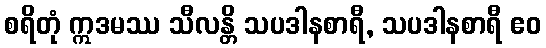
စရိတုံ ဣဒမဿ သီလန္တိ သပဒါနစာရီ, သပဒါနစာရီ ဧဝ